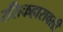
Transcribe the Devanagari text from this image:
रसिकहारावली